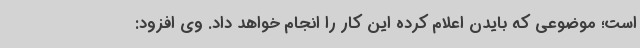
است؛ موضوعی که بایدن اعلام کرده این کار را انجام خواهد داد. وی افزود: